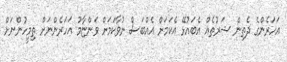
އަހަރެންގެ ދެތިން ޝަރުތެއް އެބައުޅޭ އެކަމަށް އެއްބަސް ނުވާކަމަށް ވަންޏާމު އަހަރެންނަށް ތިމީހުންނަށް